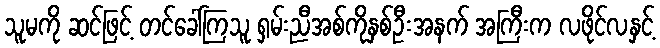
သူမကို ဆင်ဖြင့် တင်ခေါ်ကြသူ ရှမ်းညီအစ်ကိုနှစ်ဦးအနက် အကြီးက လဖိုင်လနှင့်